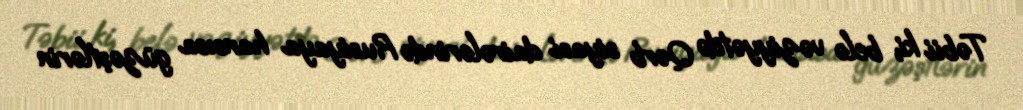
Təbii ki, belə vəziyyətdə Qərb siyasi dairələrində Rusiyaya hansısa güzəştlərin